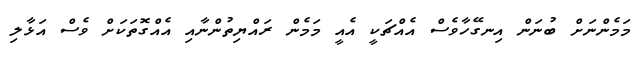
މަމެންނަށް ބުނަން އިނގޭހާވެސް އެއްޗަކީ އެއީ މަމެން ރައްޔިތުންނާއި އެއްގޮތަކަށް ވެސް އަޅާލި